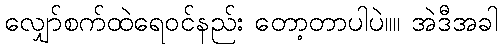
လျှော်စက်ထဲရေ၀င်နည်း တော့တာပါပဲ။။ အဲဒီအခါ